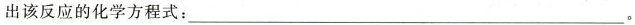
出该反应的化学方程式：___。